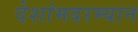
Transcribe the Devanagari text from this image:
देशांमदरम्यान